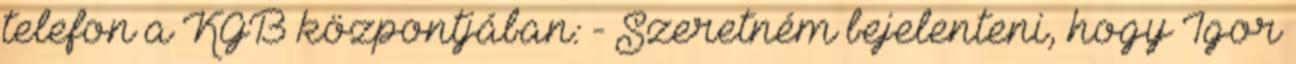
telefon a KGB központjában: - Szeretném bejelenteni, hogy Igor